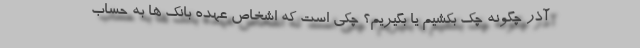
آذر چگونه چک بکشیم یا بگیریم؟ چکی است که اشخاص عهده بانک ها به حساب